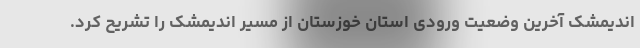
اندیمشک آخرین وضعیت ورودی استان خوزستان از مسیر اندیمشک را تشریح کرد.